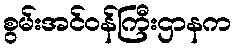
စွမ်းအင်ဝန်ကြီးဌာနက